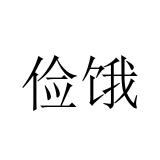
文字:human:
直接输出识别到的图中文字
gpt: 俭饿